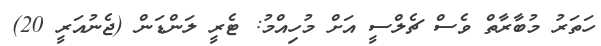
ހަތަރު މުބާރާތް ވެސް ޗެލްސީ އަށް މުހިއްމު: ޓެރީ ލަންޑަން (ޖެނުއަރީ 20)